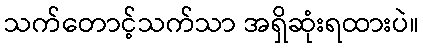
သက်တောင့်သက်သာ အရှိဆုံးရထားပဲ။